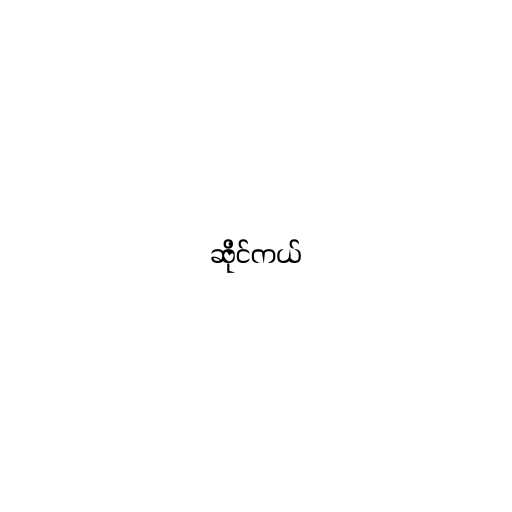
ဆိုင်ကယ်